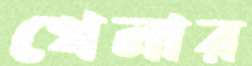
খেলার